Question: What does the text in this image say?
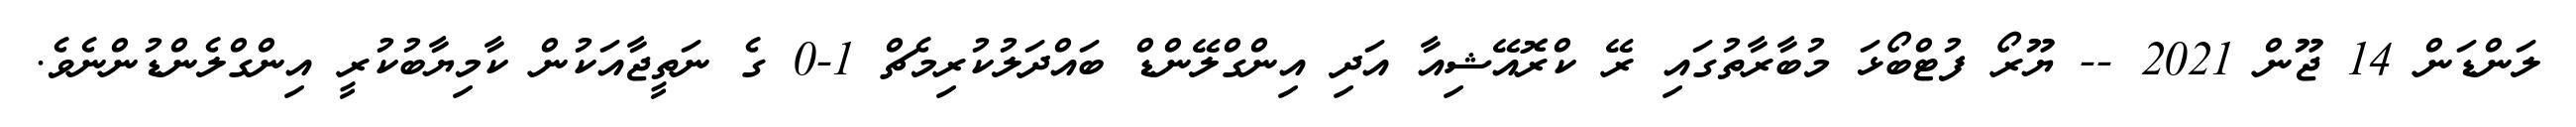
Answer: ލަންޑަން 14 ޖޫން 2021 -- ޔޫރޯ ފުޓްބޯޅަ މުބާރާތުގައި ރޭ ކްރޮއޭޝިއާ އަދި އިންގްލޭންޑް ބައްދަލުކުރިމެޗް 1-0 ގެ ނަތީޖާއަކުން ކާމިޔާބުކުރީ އިންގްލެންޑުންނެވެ.